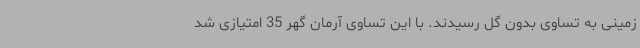
زمینی به تساوی بدون گل رسیدند. با این تساوی آرمان گهر 35 امتیازی شد